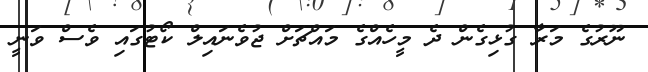
ނޫރުގެ މަރާ ގުޅިގެން ދެ މީހެއްގެ މައްޗަށް ޖުވެނައިލް ކޯޓުގައި ވެސް ވަނީ